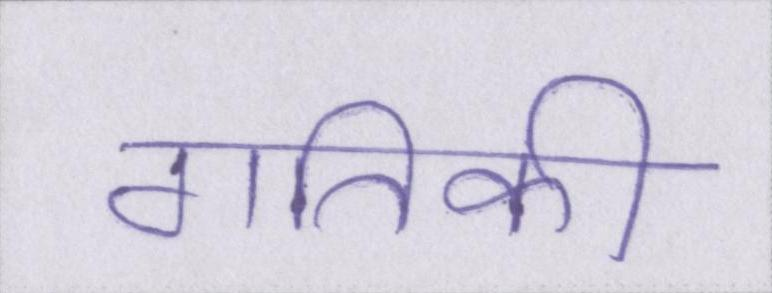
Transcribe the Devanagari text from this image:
गतिकी